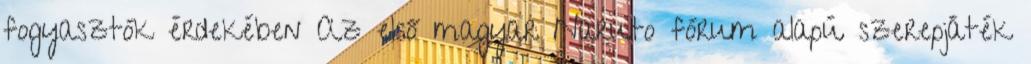
fogyasztók érdekében Az első magyar Naruto fórum alapú szerepjáték